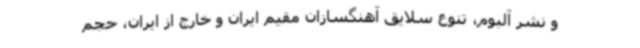
و نشر آلبوم، تنوع سلایق آهنگسازان مقیم ایران و خارج از ایران، حجم